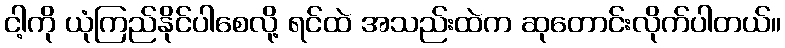
ငါ့ကို ယုံကြည်နိုင်ပါစေလို့ ရင်ထဲ အသည်းထဲက ဆုတောင်းလိုက်ပါတယ်။